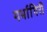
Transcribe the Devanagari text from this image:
गर्भागिरी